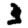
Digit: 3